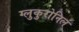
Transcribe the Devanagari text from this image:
ग्लुकुरोनिल